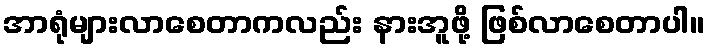
အာရုံများလာစေတာကလည်း နားအူဖို့ ဖြစ်လာစေတာပါ။